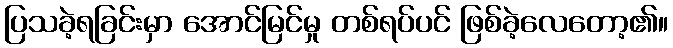
ပြသခဲ့ရခြင်းမှာ အောင်မြင်မှု တစ်ရပ်ပင် ဖြစ်ခဲ့လေတော့၏။